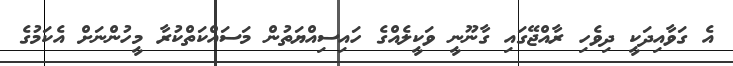
އެ ގަވާއިދަކީ ދިވެހި ރާއްޖޭގައި ގާނޫނީ ވަކީލެއްގެ ހައިސިއްޔަތުން މަސައްކަތްކުރާ މީހުންނަށް އެކަމުގެ